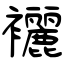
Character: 襹